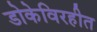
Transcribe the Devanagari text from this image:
डोकेविरहीत